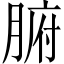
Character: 腑